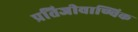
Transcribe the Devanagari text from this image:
प्रतिजीवाण्विक